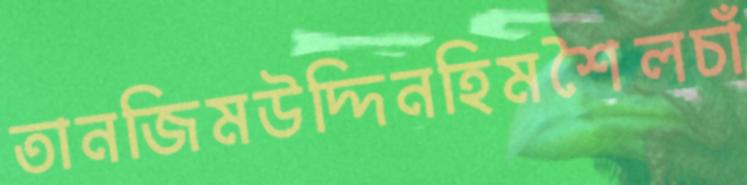
তানজিমউদ্দিনহিমশৈলচাঁ